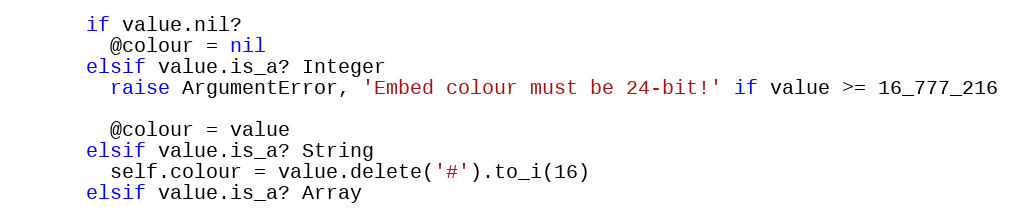
Language: Ruby
      if value.nil?
        @colour = nil
      elsif value.is_a? Integer
        raise ArgumentError, 'Embed colour must be 24-bit!' if value >= 16_777_216

        @colour = value
      elsif value.is_a? String
        self.colour = value.delete('#').to_i(16)
      elsif value.is_a? Array